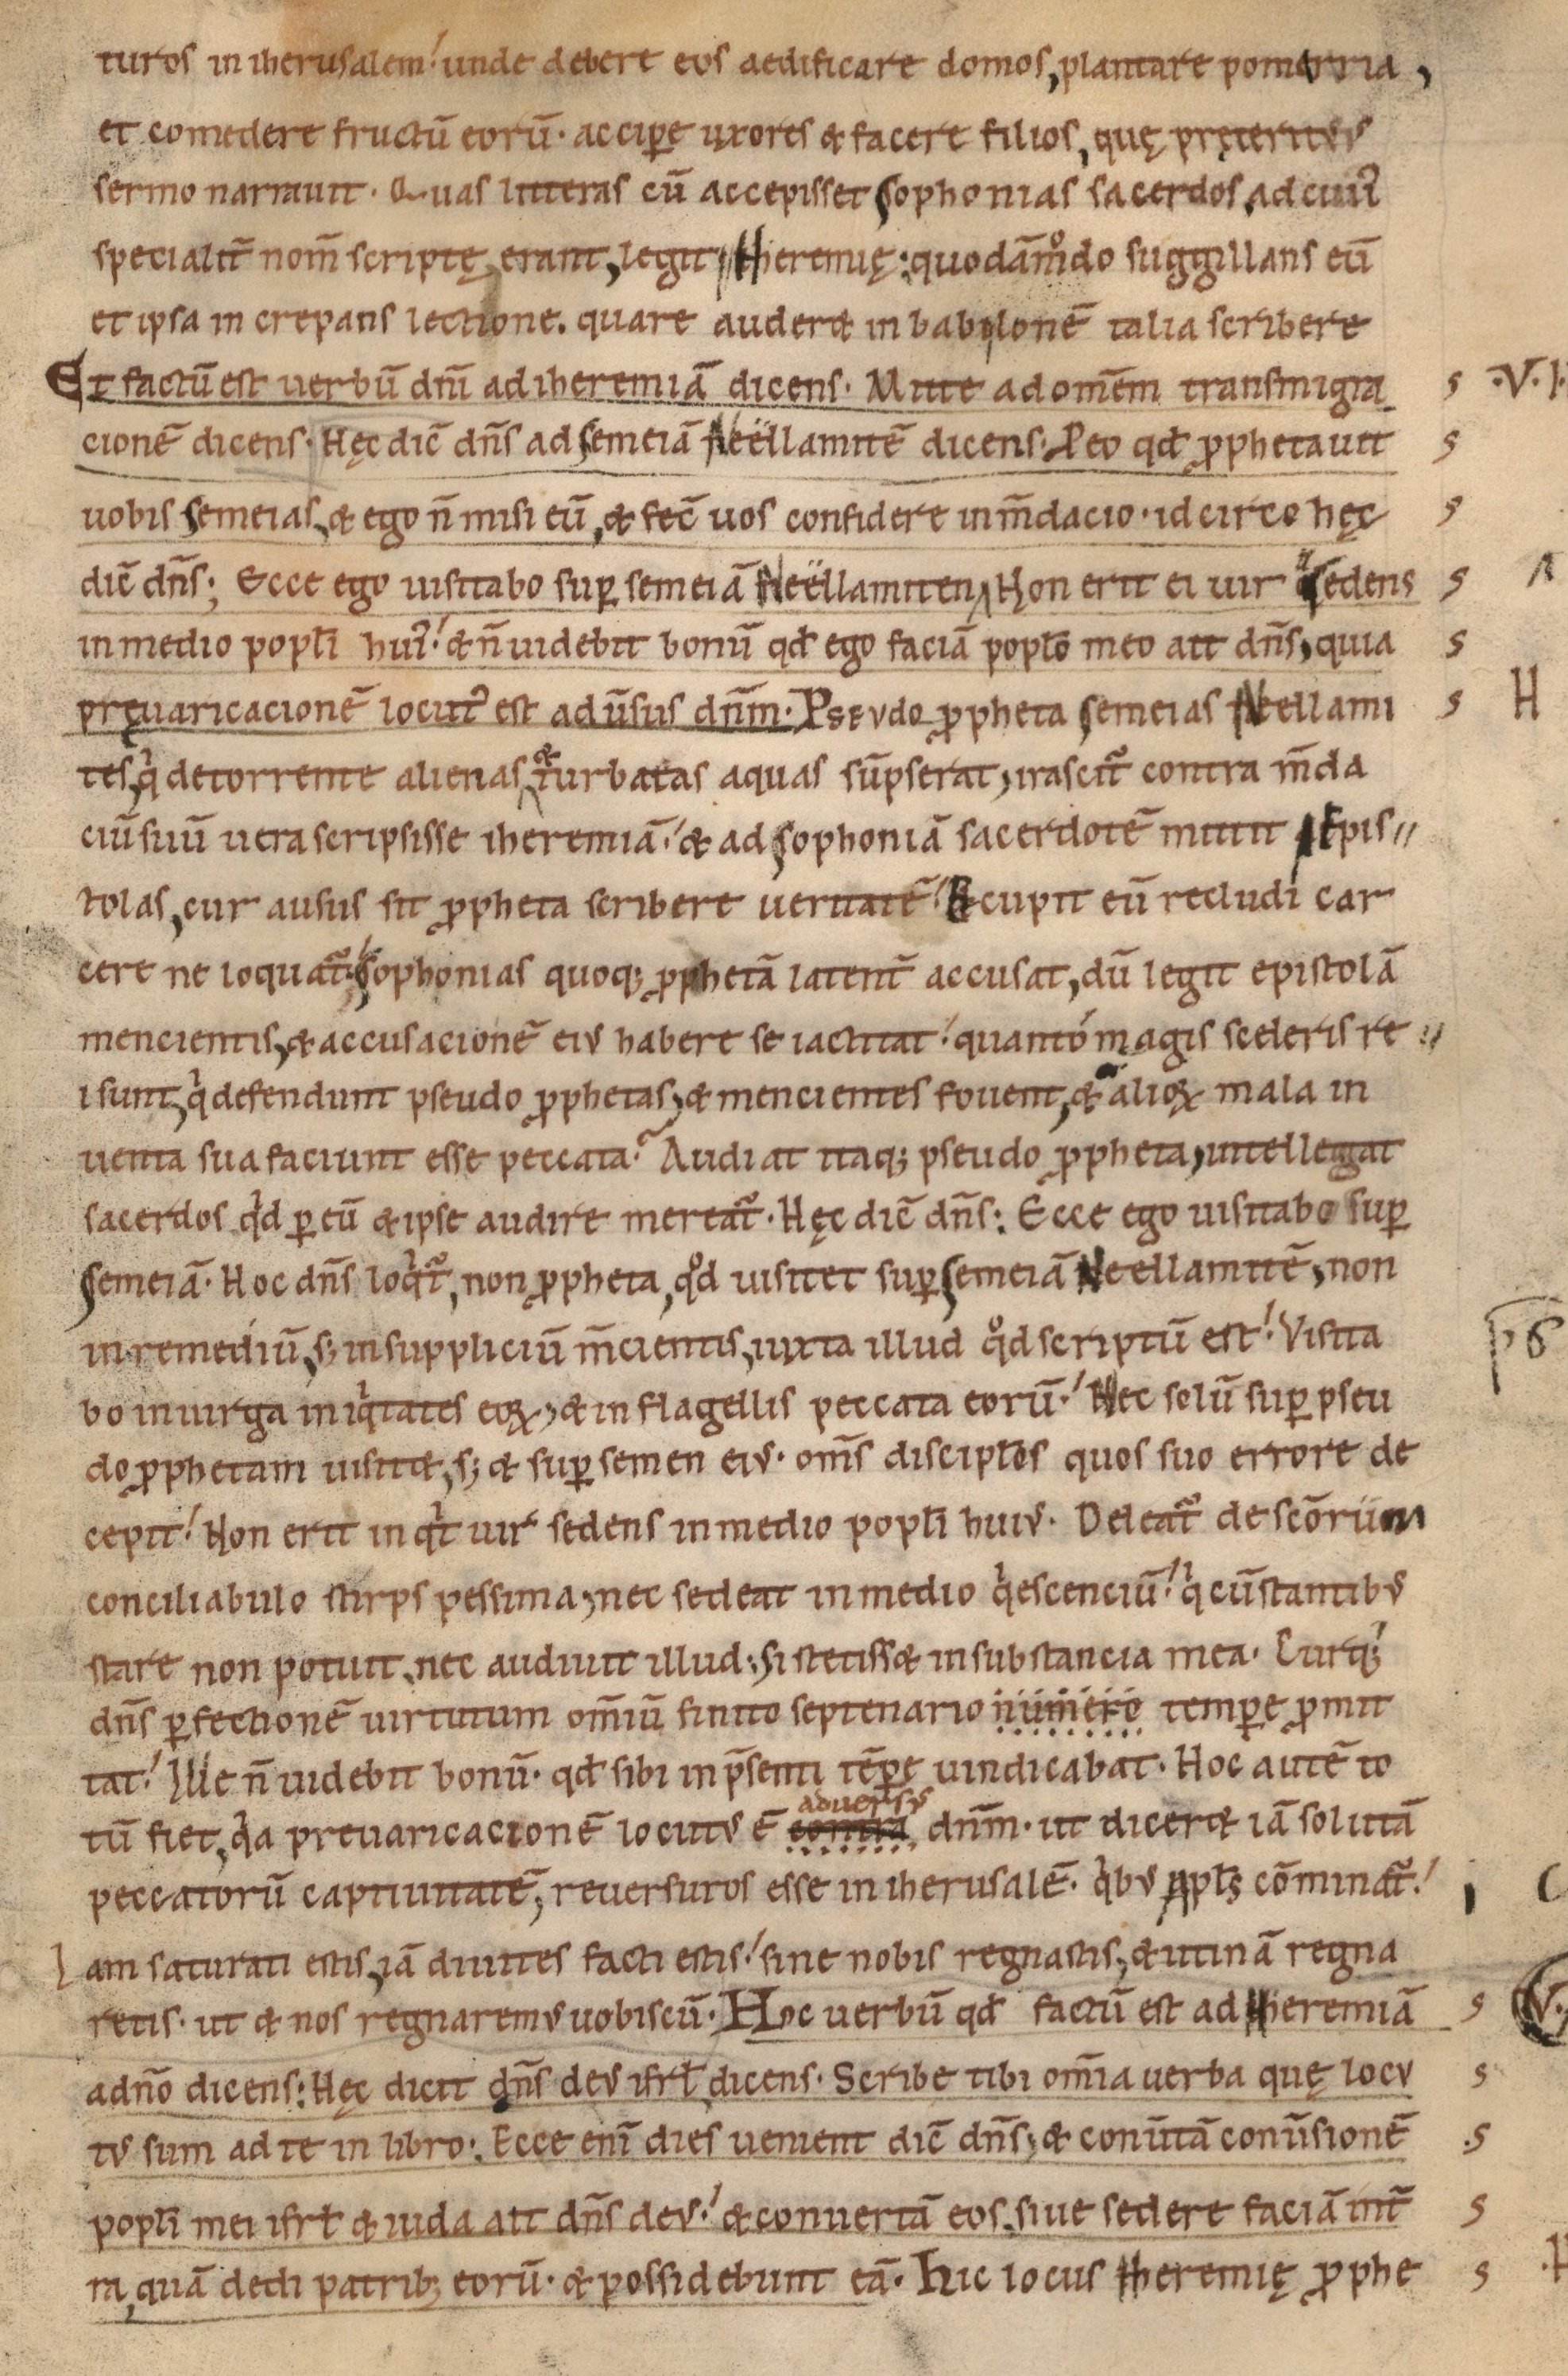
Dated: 1085–1115